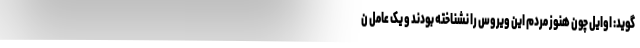
‌گوید: اوایل چون هنوز مردم این ویروس را نشناخته بودند و یک عامل ن